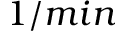
1 / m i n